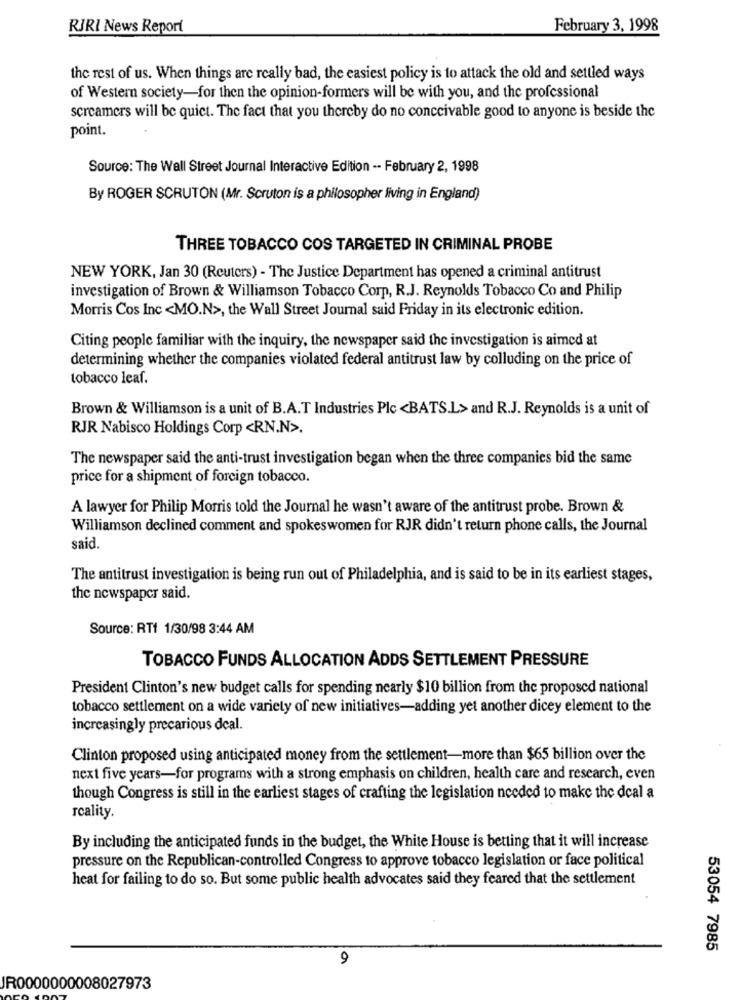
RIRI News Report
February 3, 1998
the rest of us. When things are really bad, the easiest policy is to attack the old and settled ways
of Western society-for then the opinion-formers will be with you, and the professional
screamers will be quiet. The fact that you thereby do no conceivable good to anyone is beside the
point.
Source: The Wall Street Journal Interactive Edition -- February 2, 1998
By ROGER SCRUTON (Mr. Scruton is a philosopher living in England)
THREE TOBACCO COS TARGETED IN CRIMINAL PROBE
NEW YORK, Jan 30 (Reuters) - The Justice Department has opened a criminal antitrust
investigation of Brown & Williamson Tobacco Corp, R.J. Reynolds Tobacco Co and Philip
Morris Cos Inc <MO.N>, the Wall Street Journal said Friday in its electronic edition.
Citing people familiar with the inquiry, the newspaper said the investigation is aimed at
determining whether the companies violated federal antitrust law by colluding on the price of
tobacco leaf.
Brown & Williamson is a unit of B.A.T Industries Plc <BATS.L> and R.J. Reynolds is a unit of
RJR Nabisco Holdings Corp <RN.N>.
The newspaper said the anti-trust investigation began when the three companies bid the same
price for a shipment of foreign tobacco.
A lawyer for Philip Morris told the Journal he wasn't aware of the antitrust probe. Brown &
Williamson declined comment and spokeswomen for RJR didn't return phone calls, the Journal
said.
The antitrust investigation is being run out of Philadelphia, and is said to be in its earliest stages,
the newspaper said.
Source: RTf 1/30/98 3:44 AM
TOBACCO FUNDS ALLOCATION ADDS SETTLEMENT PRESSURE
President Clinton's new budget calls for spending nearly $10 billion from the proposed national
tobacco settlement on a wide variety of new initiatives-adding yet another dicey element to the
increasingly precarious deal.
Clinton proposed using anticipated money from the settlement-more than $65 billion over the
next five years-for programs with a strong emphasis on children, health care and research, even
though Congress is still in the earliest stages of crafting the legislation needed to make the deal a
reality.
By including the anticipated funds in the budget, the White House is betting that it will increase
pressure on the Republican-controlled Congress to approve tobacco legislation or face political
heat for failing to do so. But some public health advocates said they feared that the settlement
53054 7985
9
JR0000000008027973